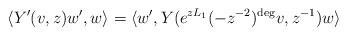
LaTeX: \begin{align*} \langle Y'(v,z)w',w\rangle=\langle w',Y(e^{zL_{1}}(-z^{-2})^{\deg}v,z^{-1})w\rangle\end{align*}